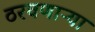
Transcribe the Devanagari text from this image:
ठरवणाऱ्या